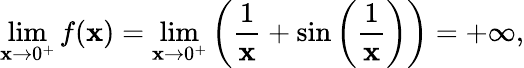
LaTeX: \operatorname*{lim}_{\mathbf{x}\to0^{+}}f(\mathbf{x})=\operatorname*{lim}_{\mathbf{x}\to0^{+}}\left({\frac{{1}}{{\mathbf{x}}}}+\sin\left({\frac{{1}}{{\mathbf{x}}}}\right)\right)=+\infty,